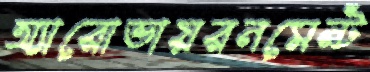
অ্যারোভায়রনমেন্ট